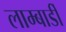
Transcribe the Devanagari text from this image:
लाम्बार्डी